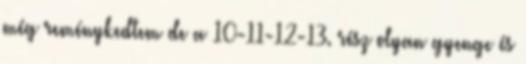
még reménykedtem de a 10-11-12-13. rész olyan gyenge és